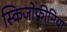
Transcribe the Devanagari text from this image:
स्किजोफ़्रीनिया